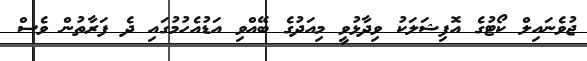
ޖުވެނައިލް ކޯޓުގެ އޮފިޝަލަކު ވިދާޅުވީ މިއަދުގެ ބޭއްވި އަޑުއެހުމުގައި ދެ ފަރާތުން ވެސް